Civil Veterinary Dept. Assam report 1911-1927 - 1911-1927
Year: 1911
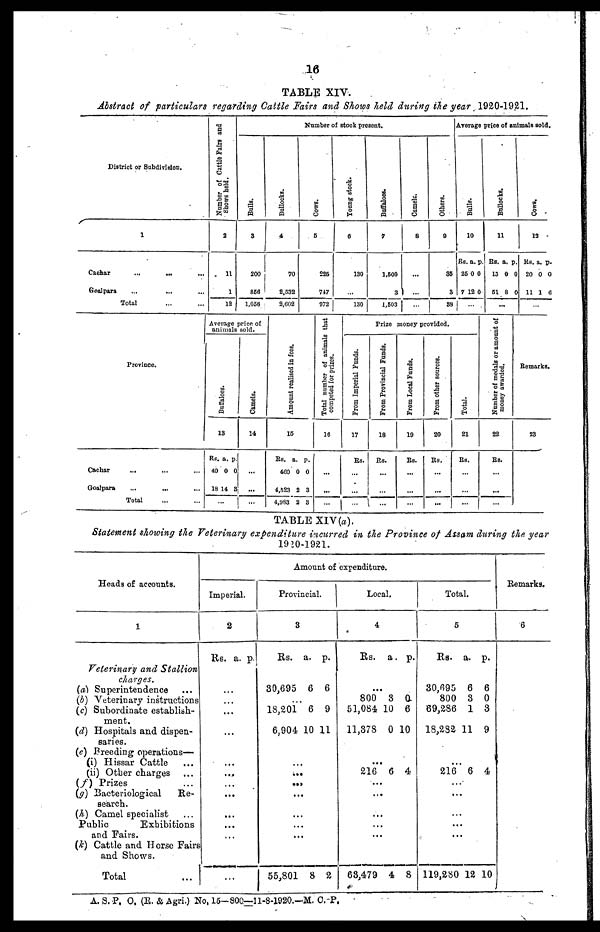
16
TABLE XIV.
Abstract of particulars regarding Cattle Fairs and Shows held during the year 1920-1921.
District or Subdivision.
1
Cachar
...
...
Goalpara ... ... ...
Total
Number of Cattle Fairs and
Shows held.
2
11
1
12
Number of stock present.
Bulls.
3
200
860
1,056
Bullocks.
4
70
2.532
2,602
Cows.
6
225
747
972
Young stock.
6
130
130
Buffaloes.
7
1,600
3
1,603
Camels.
8
...
...
...
Others.
9
35
3
33
Arerage price of animals sold.
Bulls.
10
Rs.
25
7 1
...
a.
0
2
p
0
0
Bullocks.
11
Rs.
13
51
.
a.
0
8
..
p
0
0
Cows .
13
Rs.
20
11
a.
0
1
p.
0
6
Province.
Cachar
...
Goalpora
...
...
Total
Aveage price of
animals
sold.
Buf f
a l
oe s .
13
Rs.
40
18
.
a.
0
14
..
p
0
3
Camels.
14
...
...
Amo u n t r eal i s ed in fees.
13
Rs.
460
4,523
4983
a.
0
2
2
p.
0
3
3
Total number of animals that
competed for prizes.
16
...
...
Prize money provided.
From Imperial Funds.
17
Rs.
...
From Provincial Funds.
18
Rs.
From Local Funds.
19
Rs.
...
From other sources.
20
Re.
...
...
Total.
21
Rs.
...
Number of medals or amount of
money awarded.
22
Rs.
...
...
Remarks.
23
TABLE XIV(a).
Statement showing the Veterinary expenditure incurred in the Province of Assam during the year
1920-1921.
Heads of accounts.
1
Veterinary and Stallion
charges.
(a) Superintendence
(b) Veterinary instructions
(c) Subordinate establish-
ment.
(d) Hospitals and dispen-
saries.
(e) Breeding operations—
(i) Hissar Cattle
(ii) Other charges
(f)
Prizes
(g) Bacteriological
Re-
search.
(h) Camel specialist
Public
Exhibitions
and Fairs.
(k) Cattle and Horse Fairs
and Shows.
Total
Amount of expenditure.
Imperial.
2
Rs. a. p.
...
...
...
...
...
,..
...
...
...
Provincial.
3
Rs.
30,695
a.
6
p.
6
18,201
6,904
6
10
9
11
...
...
...
...
...
...
55,801 8 2
Local.
4
Rs. a. p.
...
800
51,084
11,373
3
10
0
0
6
10
...
216
6 4
...
...
...
...
63,479 4 8
Total.
5
Rs.
30,695
800
69,286
18,232
a.
6
3
1
11
p.
6
0
3
9
...
216 6 4
...
...
...
119,280 12 10
Remarks.
6
A. S. P. O. (R. & Agri.) No, 15-800—11-8-1920.—M. C.-P.